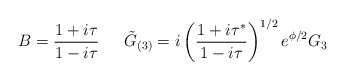
\begin{align*}B= \frac{1+i\tau}{1-i\tau} \,\,\,\,\,\,\,\,\, \tilde{G}_{(3)}=i\left(\frac{1+i\tau^*}{1-i\tau}\right)^{1/2} e^{\phi/2} G_3\end{align*}